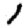
Digit: 1